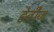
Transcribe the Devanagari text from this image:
हेवीज